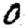
Digit: 0